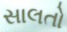
સાલતો